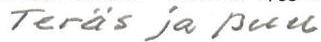
Teräs ja puu